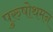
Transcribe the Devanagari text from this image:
पुरुषोथमन